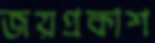
জয়প্রকাশ